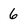
Character: 6